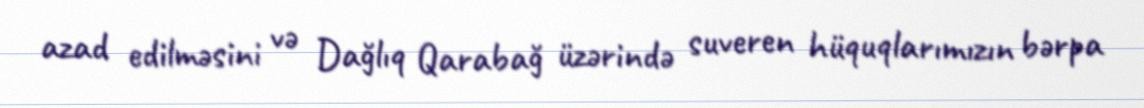
azad edilməsini və Dağlıq Qarabağ üzərində suveren hüquqlarımızın bərpa